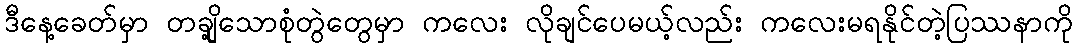
ဒီနေ့ခေတ်မှာ တချို့သောစုံတွဲတွေမှာ ကလေး လိုချင်ပေမယ့်လည်း ကလေးမရနိုင်တဲ့ပြဿနာကို